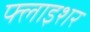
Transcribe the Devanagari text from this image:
फ्लाइशर